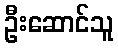
ဦးဆောင်သူ